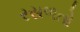
રસળતો